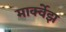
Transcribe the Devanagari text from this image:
मार्क्वेझ